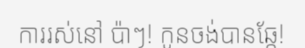
ការរស់នៅ ប៉ាៗ! កូនចង់បានឆ្កែ!